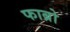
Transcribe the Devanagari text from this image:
फाब्रो